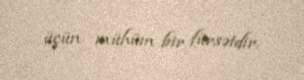
üçün mühüm bir fürsətdir.